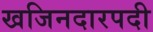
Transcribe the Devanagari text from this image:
खजिनदारपदी